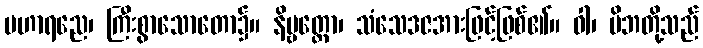
မဟာရညေ၊ ကြီးစွာသောတော၌။ နိဗ္ဗတ္တော၊ သံသေဒဇအားဖြင့်ဖြစ်၏။ ဝါ၊ မိဘတို့သည်